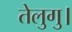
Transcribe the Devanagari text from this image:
तेलुगु।